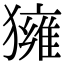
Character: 𤢐